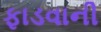
ફાડવાની